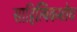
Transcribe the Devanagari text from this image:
साहित्यिकशोध